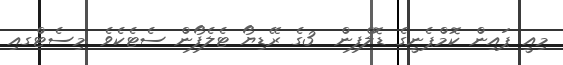
މިއީ ޕައިން ކޮމްޕެނީގެ ޑޮލްފިން  3ގެ ރޭޑިޔޯ ޓެލެފޯން ސެޓެކެވެ .މިސެޓްގއި